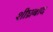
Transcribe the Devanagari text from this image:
शीघ्रबाद